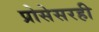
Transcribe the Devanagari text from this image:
प्रोसेसरही